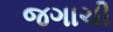
જગાચી